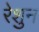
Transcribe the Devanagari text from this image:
रेशुन